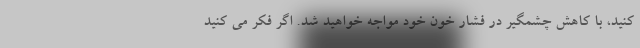
کنید، با کاهش چشمگیر در فشار خون خود مواجه خواهید شد. اگر فکر می کنید